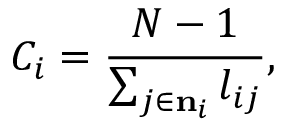
C _ { i } = \frac { N - 1 } { \sum _ { j \in { { \mathbf { n } } _ { i } } } l _ { i j } } ,